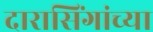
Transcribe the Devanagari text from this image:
दारासिंगांच्या